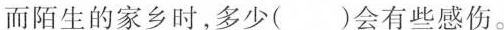
而陌生的家乡时，多少()会有些感伤。